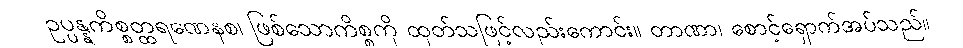
ဥပ္ပန္နကိစ္စတ္ထရဏေနစ၊ ဖြစ်သောကိစ္စကို ထုတ်သဖြင့်လည်းကောင်း။ တာဏာ၊ စောင့်ရှောက်အပ်သည်။